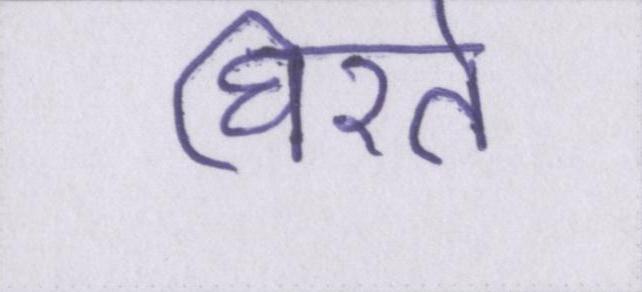
घिरते